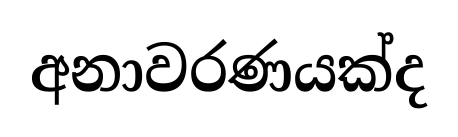
අනාවරණයක්ද